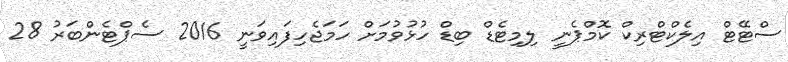
ސްޓޭޓް އިލެކްޓްރިކް ކޮމްޕެނީ ލިމިޓެޑް ބިޑް ހުޅުވުމަށް ހަމަޖެހިފައިވަނީ 2016 ސެޕްޓެންބަރު 28